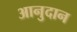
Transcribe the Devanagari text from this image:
आनुदान